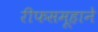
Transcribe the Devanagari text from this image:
रीफसमूहाने